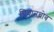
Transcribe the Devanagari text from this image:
चिचानचोब